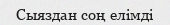
Сыяздан соң елімді